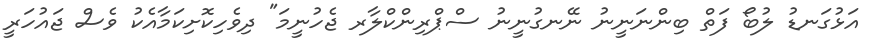
އަޅުގަނޑު ލުބޯ ފަތް ބިންނަނީނު ނޭނގުނީނު ސްޕްރިންކްލާރ ޖެހުނީމަ" ދިވެހިކޮށިކަމާއެކު ވެސް ޖައުހަރީ